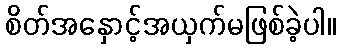
စိတ်အနှောင့်အယှက်မဖြစ်ခဲ့ပါ။